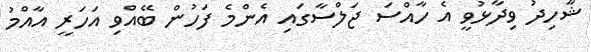
ޝާހިދު ވިދާޅުވީ އެ ހާއްސަ ޖަލްސާގައި އެންމެ ފަހުން ބޭއްވި އަހަރީ އާއްމު